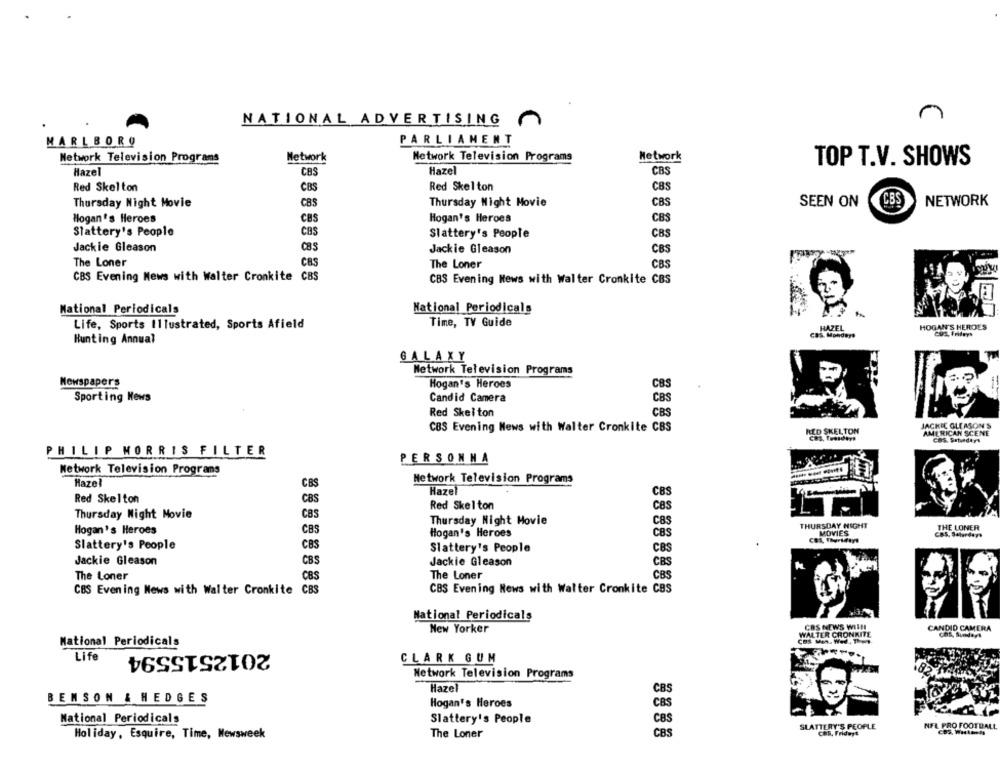
NATIONAL ADVERTISING
MARLBORO
PARLIAMENT
Network Television Programs
Network
Network Television Programs
Network
TOP T.V. SHOWS
Hazel
CBS
Hazel
CBS
Red Skelton
Red Skelton
CBS
CBS
CBS
Thursday Night Movie
cas
Thursday Might Movie
CBS
SEEN ON
NETWORK
Hogan's Heroes
CBS
Hogan's Heroes
CBS
Slattery's People
CBS
Slattery's People
CBS
Jackie Gleason
CBS
Jackie Gleason
CBS
The Loner
cas
The Loner
CBS
CBS Evening News with Walter Cronkite CBS
CBS Evening News with Walter Cronkite CBS
National Periodicals
National Periodicals
Life, Sports Illustrated, Sports Afield
Time, TV Guide
HOGAN'S HEROES
HAZEL
Hunting Annual
Cas Mondays
Cux, Imdays
GALAXY
Network Television Programs
Newspapers
Hogan's Heroes
CBS
Sporting News
Candid Camera
CBS
Red Skelton
CBS
JACKIE GLEASON'S
CBS Evening News with Walter Cronkite CBS
RED SKELTON
AMERICAN SCENE
PHILIP MORRIS FILTER
PERSONNA
Network Television Programs
Network Television Programs
Hazel
CBS
Hazel
CBS
Red Skelton
cas
Red Skelton
Ces
Thursday Night Movie
CBS
Thursday Night Movie
CBS
THURSDAY NIGHT
THE LONER
Hogan's Heroes
CBS
Hogan's Heroes
MOVIES
CBS, Salerdays
CBS
Slattery's People
CBS
Slattery's People
CBS
Jackie Gleason
CBS
Jackie Gleason
CBS
The Loner
CBS
The Loner
CBS
CBS Evening News with Walter Cronkite C
CBS Evening News with Walter Cronkite CBS
National Periodicals
New Yorker
WALTER CRONKITE
CBS NEWS WITH
CANDID CAMERA
Chf, Sundays
National Periodicals
2012515594
Life
CLARK GUM
Network Television Programs
Hazel
CBS
BENSON & HEDGES
Hogan's Heroes
CBS
National Periodicals
Slattery's People
CBS
SLATTERY'S PEOPLE
NFL PRO FOOTBALL
CBS, Fridayt
Holiday, Esquire, Time, Newsweek
The Loner
CBS